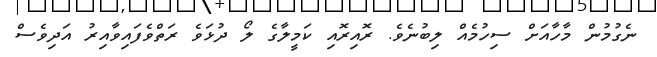
ނެގުމުން މާހާއަށް ސިހުމެއް ލިބުނެވެ. ރޮއިރޮއި ކަމީލާގެ ލޯ ދުޅަވެ ރަތްވެފައިވާއިރު އަދިވެސް